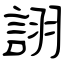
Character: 詡